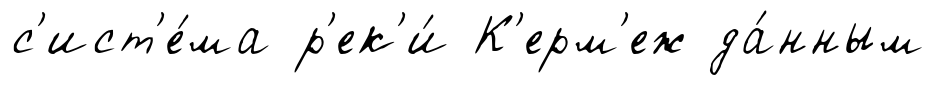
с'ист'е́ма р'ек'и́ К'ерм'еж да́нным